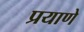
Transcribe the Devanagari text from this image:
प्रयाणे